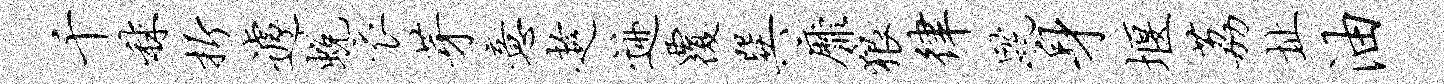
千秣折遽蜕衣芽意趁迹覆巽靡狼律跣身堰荔址油